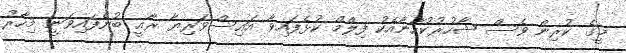
މީގެ ކުރިން ވެސް ޝާހުރުކުހާނާއެކު ފިލްމް ކުޅެފައިވާ އައިސްވަރިޔާ ރާއީ ބުނެފައިވަނީ މިހާރު